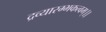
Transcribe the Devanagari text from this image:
द्रव्यारम्भकत्वम्।।